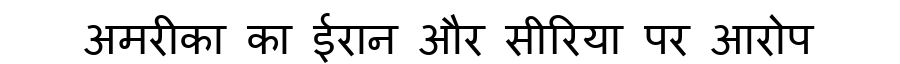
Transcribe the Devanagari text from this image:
अमरीका का ईरान और सीरिया पर आरोप